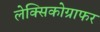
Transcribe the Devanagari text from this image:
लेक्सिकोग्राफर